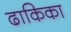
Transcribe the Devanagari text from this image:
ढाकिका